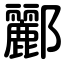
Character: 酈